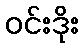
ဝင်းဒိုး